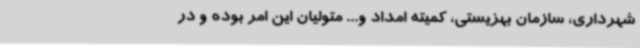
شهرداری، سازمان بهزیستی، کمیته امداد و... متولیان این امر بوده و در